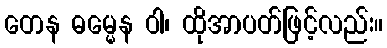
တေန ဓမ္မေန ဝါ၊ ထိုအာပတ်ဖြင့်လည်း။